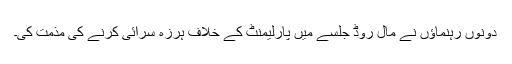
دونوں رہنماؤں نے مال روڈ جلسے میں پارلیمنٹ کے خلاف ہرزہ سرائی کرنے کی مذمت کی۔